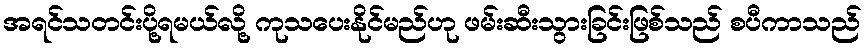
အရင်သတင်းပို့ရမယ်လို့ ကုသပေးနိုင်မည်ဟု ဖမ်းဆီးသွားခြင်းဖြစ်သည် စပီကာသည်